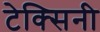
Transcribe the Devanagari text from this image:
टेक्सिनी